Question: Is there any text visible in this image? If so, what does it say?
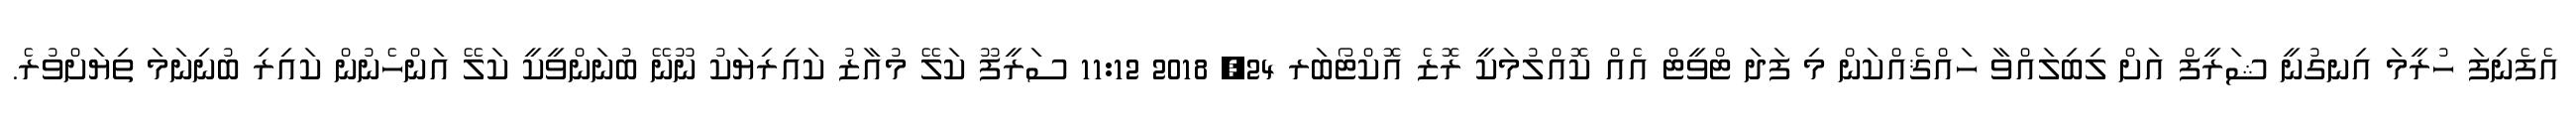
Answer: އެފެނިފަ ހުރީމަ އިނގުނީ ޝަރީފް އަށް ލިބިލައްވާ ހައްޤެއްކަން މި ފަދަ ޓްވީޓް އެއް ކޮއްލުމަކީ ރޮޒެ އޮކްޓޯބަރ 24, 2018 11:12 ސަރީފޫ ކަލޭ މުއާޒު ކައިރިޔަކު ނޫނޭ ބުނަންވީކީ ކަލޭ އަންހެނުން ކައިރި ބުނިނަމަ ތިޔަށްވުރެ.